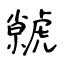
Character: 虩